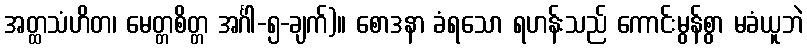
အတ္ထသံဟိတ၊ မေတ္တစိတ္တ အင်္ဂါ-၅-ချက်)။ စောဒနာ ခံရသော ရဟန်းသည် ကောင်းမွန်စွာ မခံယူဘဲ